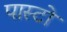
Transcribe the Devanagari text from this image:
पास्टो